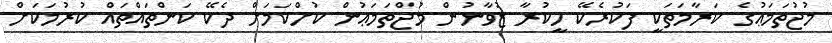
މުޖުތަމަޢުގެ ކަރާމަތަކީ ފަކުރެކޭ ހީކުރާ ޒުވާނުން މުޖްތަމަޢުން ކުށްކަމަށް ދެކޭ ކަންތައްތައް ކުރުމަކަށް